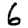
Digit: 6